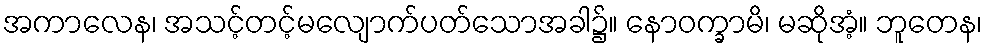
အကာလေန၊ အသင့်တင့်မလျောက်ပတ်သောအခါ၌။ နောဝက္ခာမိ၊ မဆိုအံ့။ ဘူတေန၊